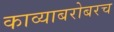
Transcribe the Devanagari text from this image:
काव्याबरोबरच